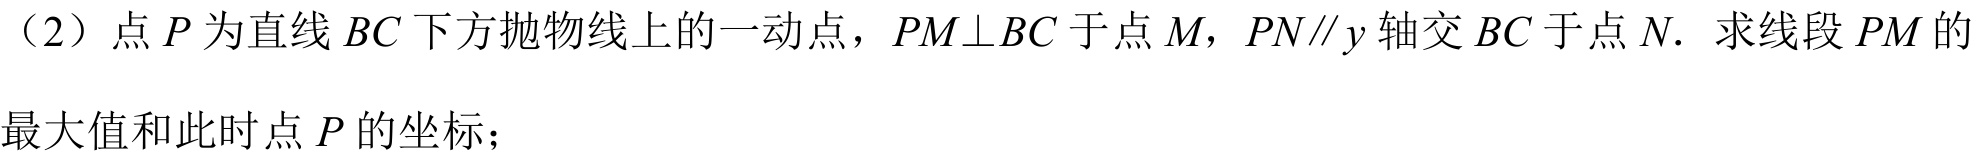
（2）点\(P\)为直线\(BC\)下方抛物线上的一动点，\(PM\perp BC\)于点\(M\)，\(PN\parallel y\)轴交\(BC\)于点\(N\). 求线段\(PM\)的最大值和此时点\(P\)的坐标；